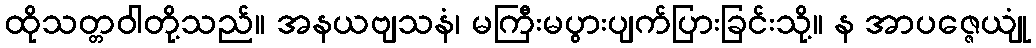
ထိုသတ္တဝါတို့သည်။ အနယဗျသနံ၊ မကြီးမပွားပျက်ပြားခြင်းသို့။ န အာပဇ္ဇေယျုံ